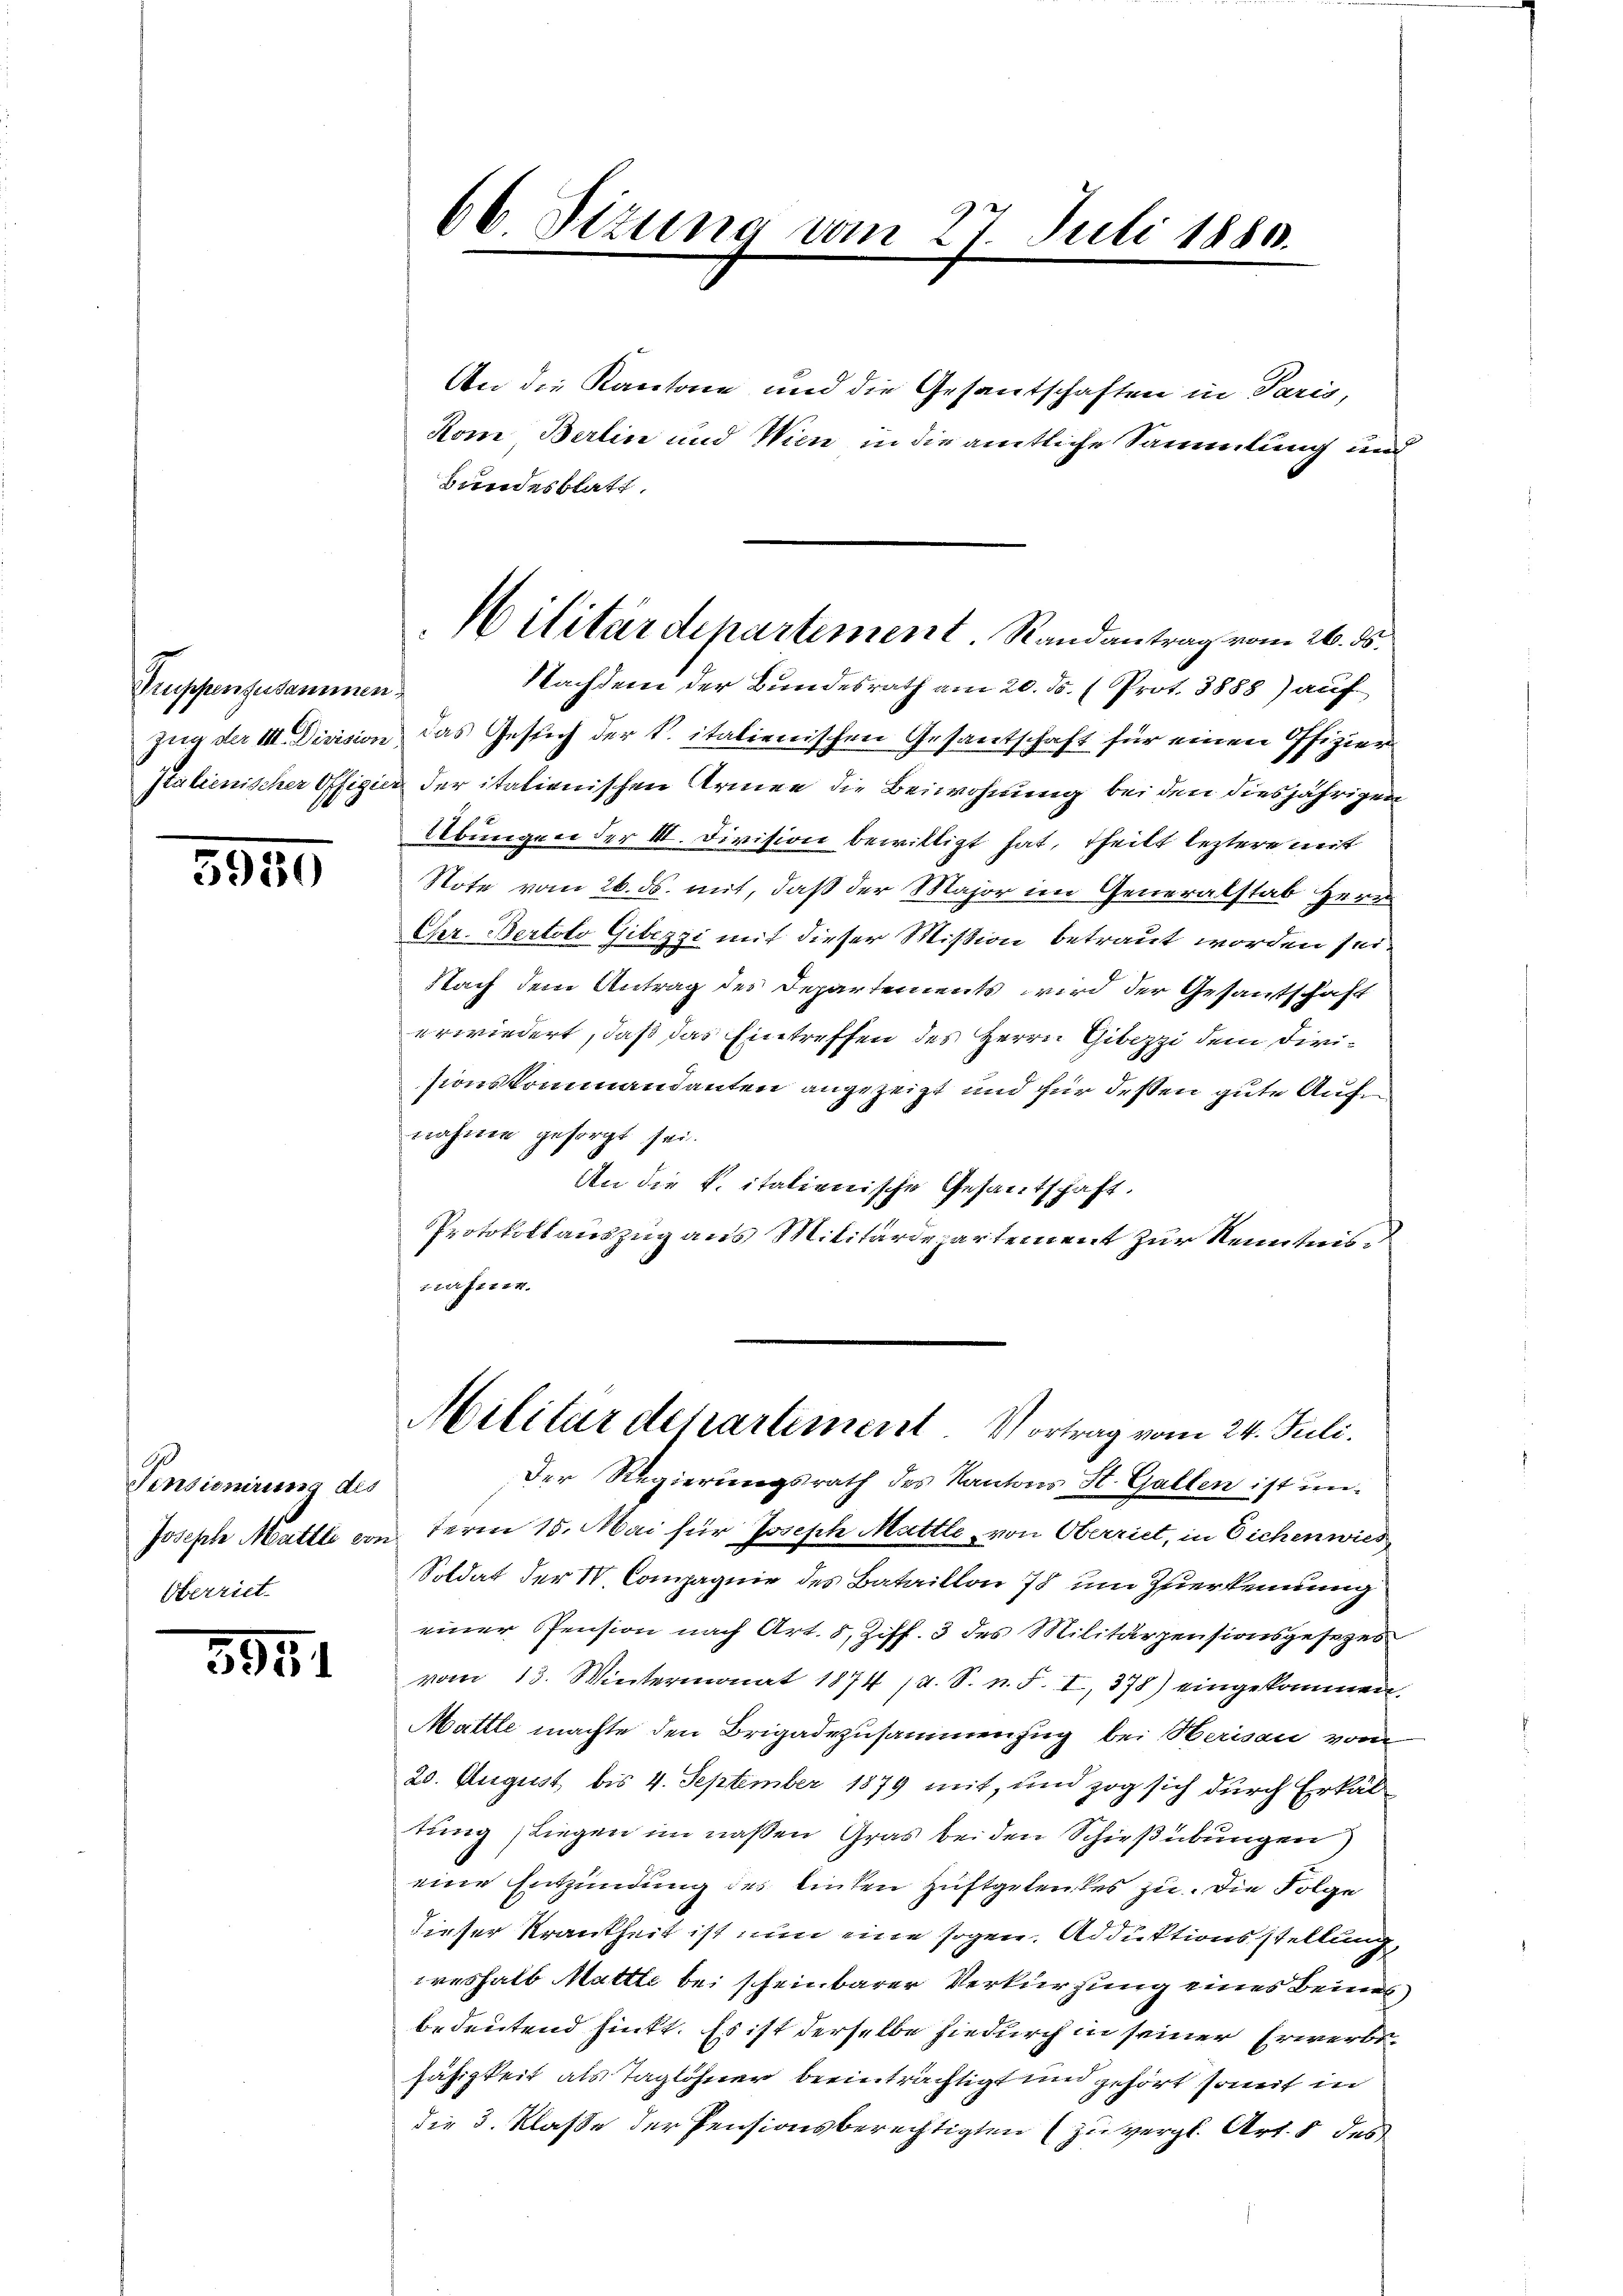
Truppenzusammen

5920

Pensionirung des
Joseph Mattle von
Oberriet.

5951

66. Sizung vom 27. Juli 1880.

An die Kantone und die Gesantschaften in Paris,
Kom Berlin und Wien in die amtliche Sammlung und
Bundesblatt.
Nachdem der Bundesrath am 20. ds. (Prot. 3888) auf
zug der III. Division das Gesuch der S. italienischen Gesantschaft für einen Offizier¬
Italienischer Offizier der italienischen Armee die Beiwohnung bei den diesjährigen
Übungen der III. Division bewilligt hat, theilt leztere mit
Note vom 26. ds. mit, daß der Major im Generalstab Herr
Cher. Bertolo Gitezzi mit dieser Mißion betraut worden sei
Nach dem Antrag des Departements wird der Gesantschaft
erwiedert, daß das Eintreffen des Herrn Gibezzi dem Dirisionskommandanten angezeigt und für deßen gute Aufnahmen gesorgt sei.
An die k. italienische Gesantschaft.
Protokollauszug aus Militärdepartement zur Kenntniswerferen.
Militärdepartement Vortrag vom 24. Juli.
Der Regierungsrath des Kantons St. Gallen ist un¬
 term 15. Mai für Joseph Mattle von Oberriet, in Eichen wied
Soldat der IV. Compagnie des Bataillon 78 um zuerkennung
einer Pension nach Art. 8, Ziff. 3 des Militärpensionsgesetzes
vom 13. Wintermonat 1874 (s. S. n. F. I, 378) eingekommen.
Mattle machte den Brigadezusammenzug bei Herisau vom
20. August, bis 4. September 1879 mit, und zog sich durch Erkäl
tung, Liegen im naßen Gras bei den Schießübungen
eine Entzündung des Einten Huftgetentes zu. Die Folge
dieser Krankheit ist nun eine sogen. Adduktionsstellung
weshalb Mattle bei scheinbarer Verkürzung eines Beines
bedeutend hinkt. Es ist derselbe hiedurch in seiner Erwerbsfähigkeit als Taglöhner beeinträchtigt und gehört somit in
die 3. Klaße der Pensionsberechtigten (zu vergl. Art. 5 des

Militärdepartement Randantrag vom 26. ds.